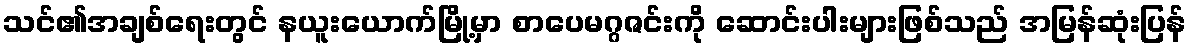
သင်၏အချစ်ရေးတွင် နယူးယောက်မြို့မှာ စာပေမဂ္ဂဇင်းကို ဆောင်းပါးများဖြစ်သည် အမြန်ဆုံးပြန်